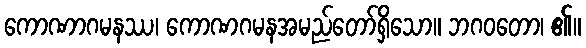
ကောဏာဂမနဿ၊ ကောဏဂမနအမည်တော်ရှိသော။ ဘဂဝတော၊ ၏။